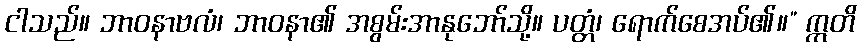
ငါသည်။ ဘာဝနာဗလံ၊ ဘာဝနာ၏ အစွမ်းအာနုဘော်သို့။ ပတ္တံ၊ ရောက်စေအပ်၏။” ဣတိ